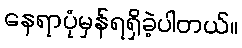
နေရာပုံမှန်ရရှိခဲ့ပါတယ်။